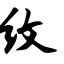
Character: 纹